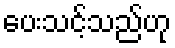
ပေးသင့်သည်ဟု